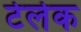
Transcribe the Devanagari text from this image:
टेलेक